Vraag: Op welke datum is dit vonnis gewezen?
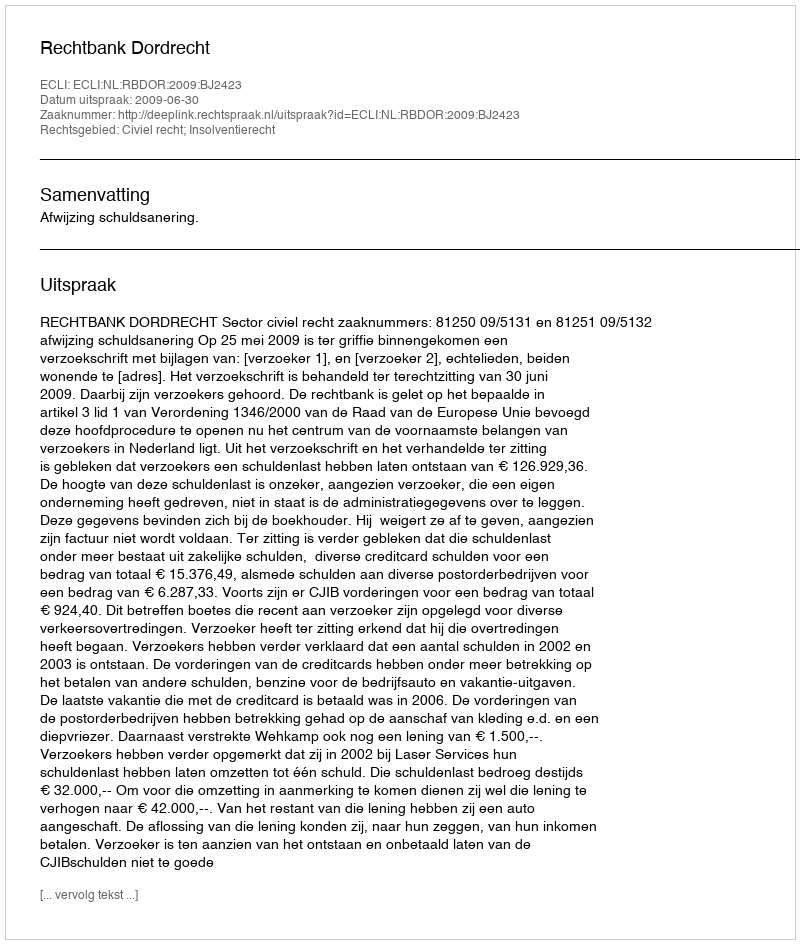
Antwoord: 2009-06-30